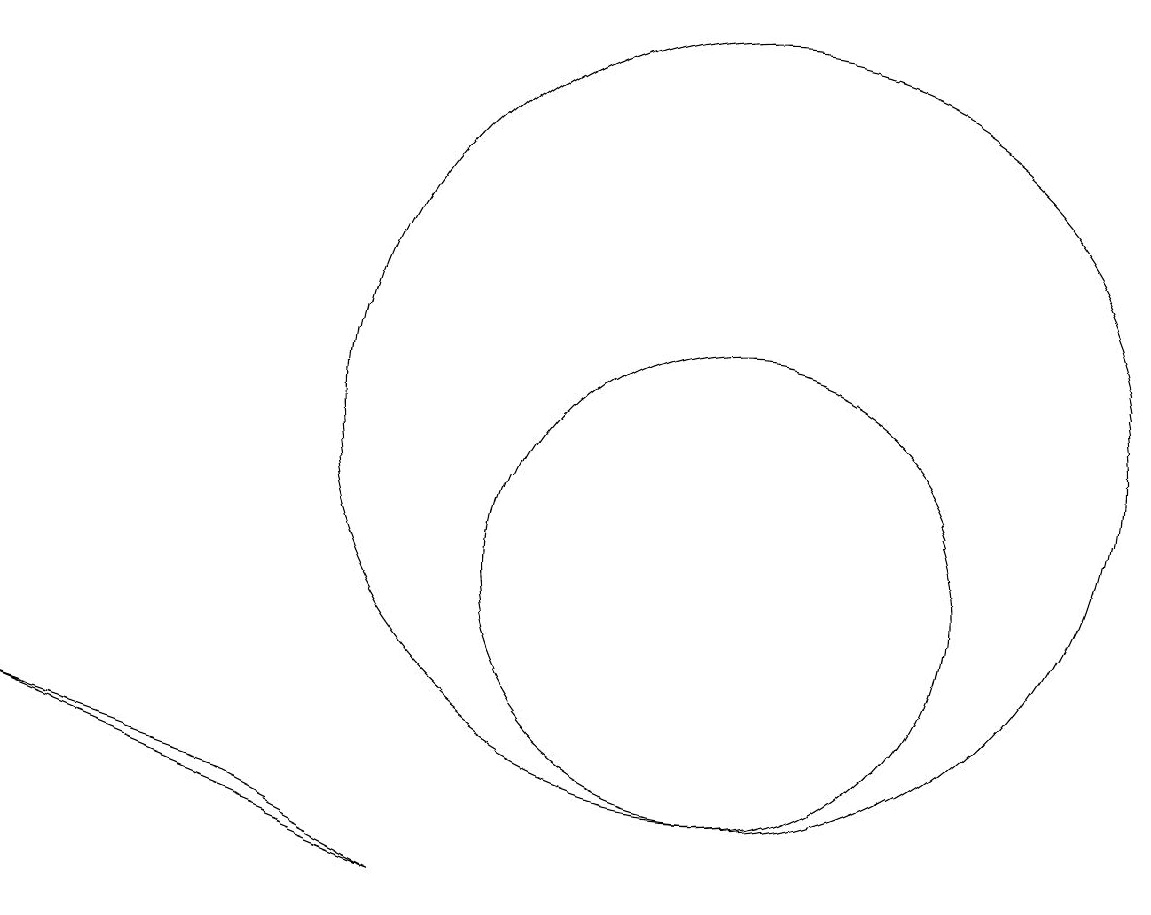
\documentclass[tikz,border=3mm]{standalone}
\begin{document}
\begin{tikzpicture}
\draw (10,12) circle (5);
\draw (4,7) -- (1,8) -- (6,6) -- cycle;
\draw (10,10) circle (3);
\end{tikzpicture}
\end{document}